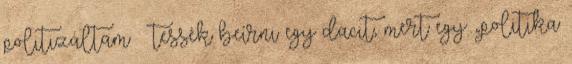
politizáltam – tessék beírni egy dacit, mert egy „politika